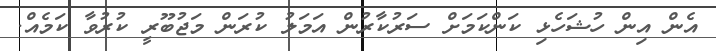
އެން އިން ހުޝަހެޅި ކަންކަމަށް ސަރުކާރުން އަމަލު ކުރަން މަޖުބޫރީ ކުރުވާ ކަމެއް.